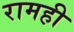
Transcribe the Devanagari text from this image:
रामही